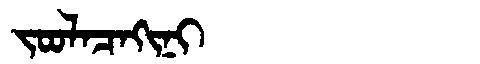
Manchu: ᠵᠣᠣᠯᠠᠴᠠᡴᡳᠨᡳ
Romanization: JOOLACAKINI